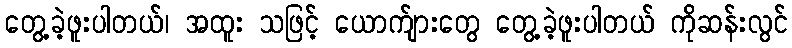
တွေ့ခဲ့ဖူးပါတယ်၊ အထူး သဖြင့် ယောက်ျားတွေ တွေ့ခဲ့ဖူးပါတယ် ကိုဆန်းလွင်